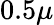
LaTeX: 0.5\mu